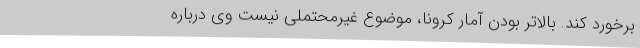
برخورد کند. بالاتر بودن آمار کرونا، موضوع غیرمحتملی نیست وی درباره